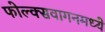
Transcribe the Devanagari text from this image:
फोल्क्सवागनमध्ये